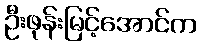
ဦးဖုန်းမြင့်အောင်က